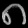
Digit: ၈